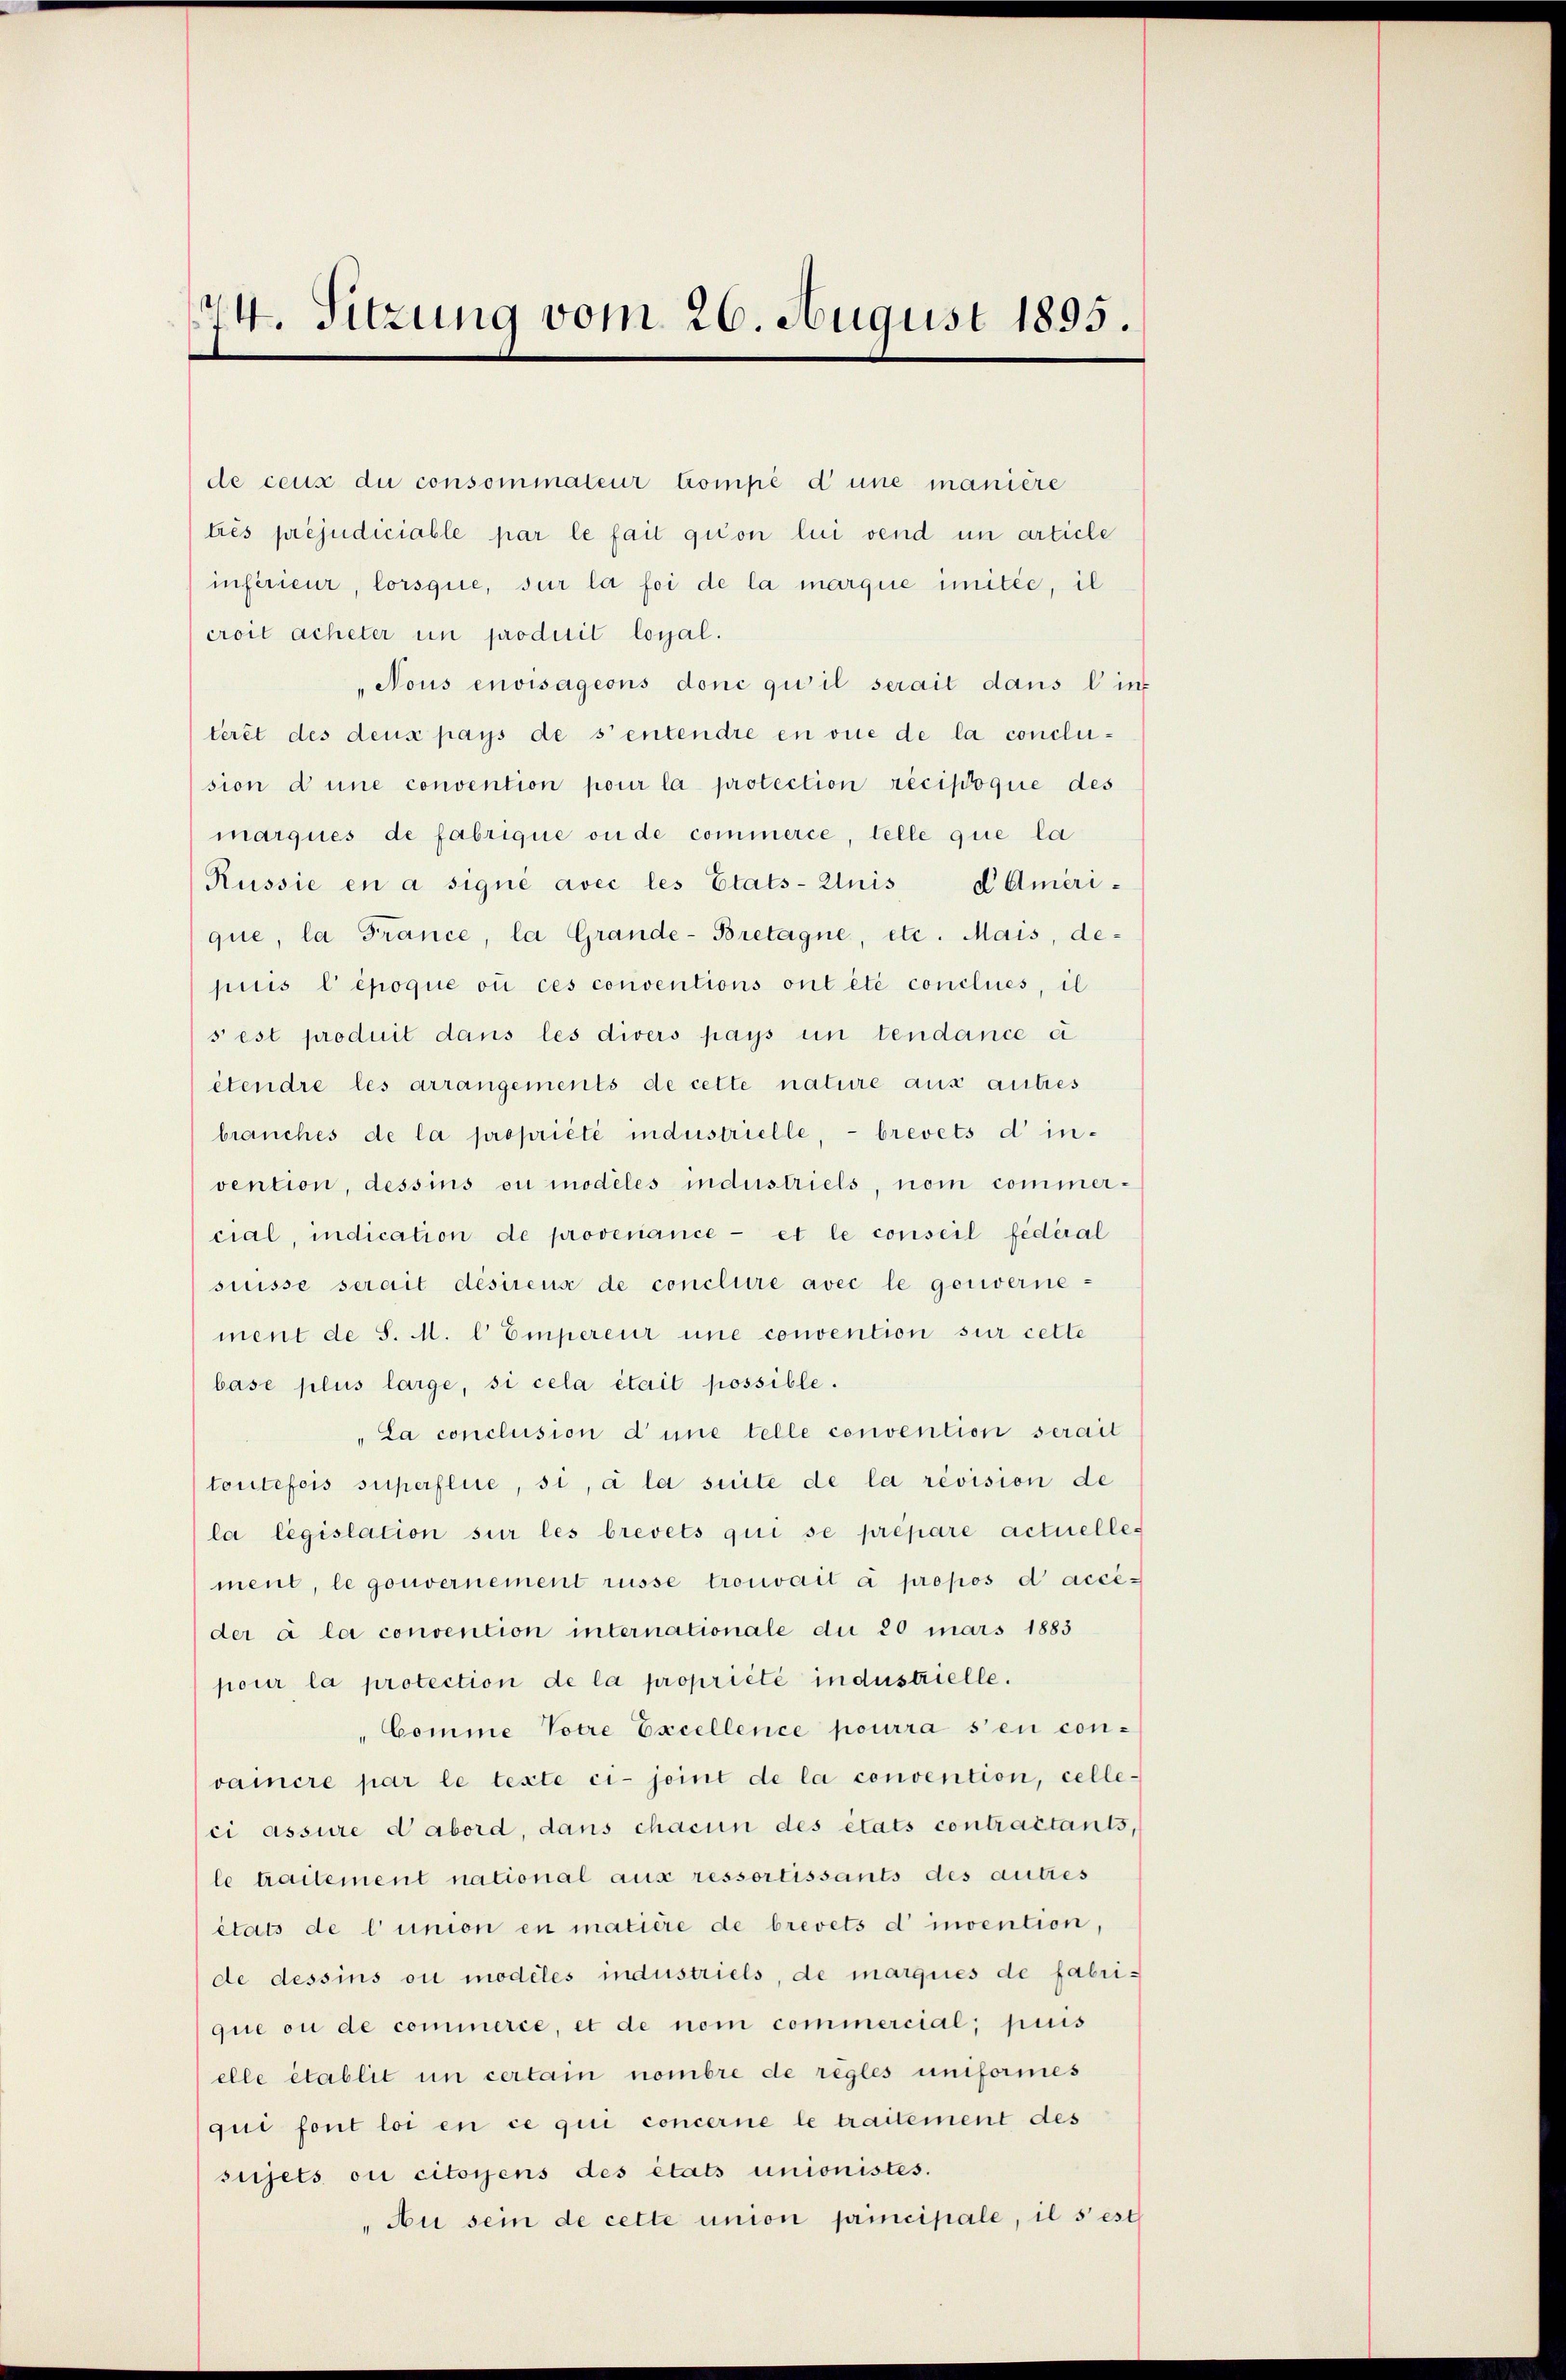
74. Sitzung vom 26. August 1895.

de ceux du consommateur compé d’une manière
trés préjudiciable par le fait qu’on lui vend im article
inférieur, lorsque, sur la foi de la marque imitée, il
croit acheter un produit loyal.
"Nous envisagions donc qu’il serait dans lie
terêt des deus pays de sentendre en vue de la conclusion d une convention pour la protection recipoque des
marques de fabrique ou de commerce, telle que la
Russie en a signé avec les Etats-Zuis d Ameri-
que, la France, la Grande-Bretagne, etc. Mais, depuis l’époque où ces conventions ont été conclues, il
s est produit dans les divers pays un tendance ei
étendre les arrangements de cette nature aus autres
brauches de la propriété industrielle, - brevets d’ in-
vention, dessins ou modeles industriels, nom commer-
cial, indication de provenance et le conseil fédéral
suisse serait désirens de conclure avec le gouvernement de S. M. l Empereur une convention sur cette
base plus large, si cela était possible.
La conclusion d’une telle convention serait
toutefois superflie, si, à la suite de la révision de
la législation sur les brevets qui se prépare actuelles
ment, le gouvernement rüsse trouvait à propos d acceder à la convention internationale du 20 mars 1883
pour la protection de la propriété industrielle.
Comme Votre Excellence pourra s’en con-
vaincre par le texte ci- joint de la convention, celle-
ci assure d’abord, dans chacun des états contractants,
le traitement national aus ressortissants des autres
états de l’union en matière de brevets d’ invention,
de dessins ou modeles industriels, de marques de fabrique ou de commerce, et de nom commercial; puis
elle établit in certain nombre de règles uniformes
qui font loi en ce qui concerne le traitement des
sujets ou citoyens des états unionistes.
"Au sein de cette union principale, il s’est

e